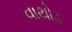
વાથોડ